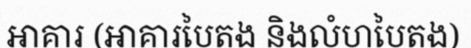
អាគារ (អាគារបៃតង និងលំហបៃតង)